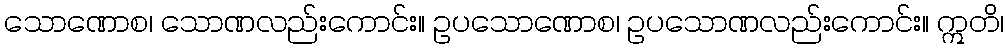
သောဏောစ၊ သောဏလည်းကောင်း။ ဥပသောဏောစ၊ ဥပသောဏလည်းကောင်း။ ဣတိ၊